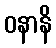
ဝနာနိ